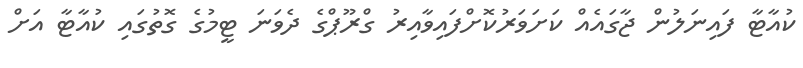
ކުއާޓާ ފައިނަލުން ޖާގައެއް ކަށަވަރުކޮށްފައިވާއިރު ގްރޫޕްގެ ދެވަނަ ޓީމުގެ ގޮތުގައި ކުއާޓާ އަށް